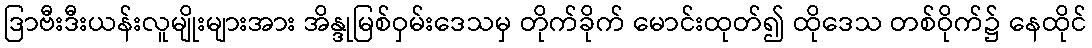
ဒြာဗီးဒီးယန်းလူမျိုးများအား အိန္ဒုမြစ်ဝှမ်းဒေသမှ တိုက်ခိုက် မောင်းထုတ်၍ ထိုဒေသ တစ်ဝိုက်၌ နေထိုင်